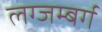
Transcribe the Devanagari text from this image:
लग्जम्बर्ग